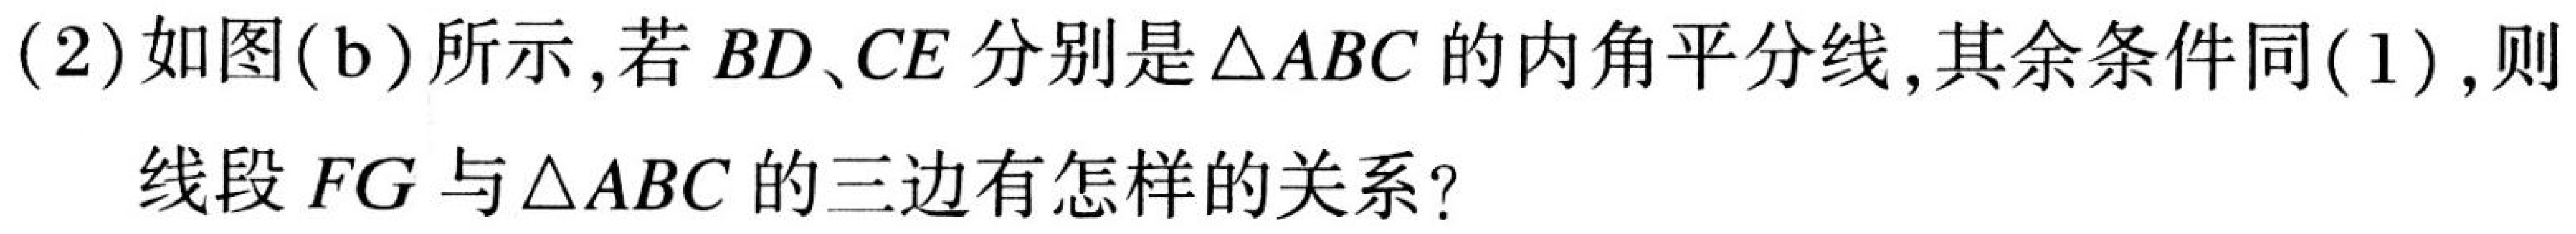
(2)如图(b)所示,若 \(BD\)、\(CE\)分别是\(\triangle ABC\)的内角平分线,其余条件同(1),则
线段 \(FG\) 与\(\triangle ABC\)的三边有怎样的关系?